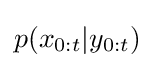
p(x_{0:t}|y_{0:t})